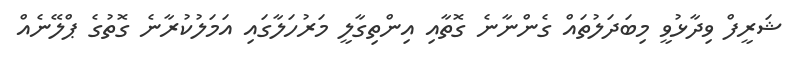
ޝަރީފް ވިދާޅުވީ މިބަދަލުތައް ގެންނާނެ ގޮތާއި އިންތިގާލީ މަރުހަލާގައި އަމަލުކުރާނެ ގޮތުގެ ޕްލޭނެއް